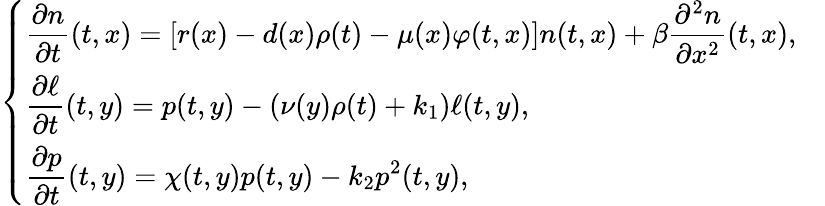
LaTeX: \left\{ \begin{array}{ll}{\displaystyle\frac{\partial n}{\partial t}(t,x)=\left[r(x)-d(x)\rho(t)-\mu(x)\varphi(t,x)\right]n(t,x)+\beta\frac{\partial^{2}n}{\partial x^{2}}(t,x),}&\\ {\displaystyle\frac{\partial\ell}{\partial t}(t,y)=p(t,y)-\left(\nu(y)\rho(t)+k_{1}\right)\ell(t,y),}&\\ {\displaystyle\frac{\partial p}{\partial t}(t,y)=\chi(t,y)p(t,y)-k_{2}p^{2}(t,y),}\end{array}\right.